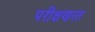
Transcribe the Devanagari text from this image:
परीक्षणरत